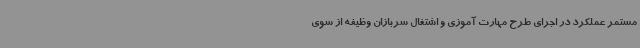
مستمر عملکرد در اجرای طرح مهارت آموزی و اشتغال سربازان وظیفه از سوی